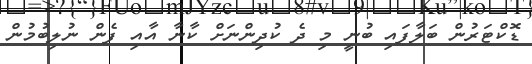
ޑޮކްޓަރުން ބަލާފައި ބުނީ މި ދެ ކުދިންނަށް ކާނާ އާއި ފެން ނުލިބުމުން